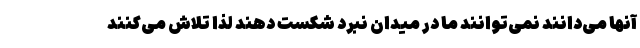
آنها می‌دانند نمی‌توانند ما در میدان نبرد شکست دهند لذا تلاش می‌کنند